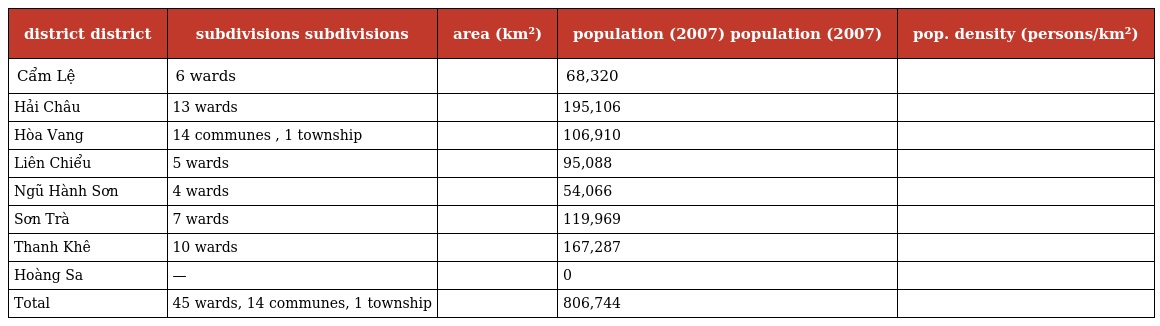
| district district | subdivisions subdivisions | area (km²) | population (2007) population (2007) | pop. density (persons/km²) |
 | --- | --- | --- | --- | --- |
 | Cẩm Lệ | 6 wards |  | 68,320 |  |
 | Hải Châu | 13 wards |  | 195,106 |  |
 | Hòa Vang | 14 communes , 1 township |  | 106,910 |  |
 | Liên Chiểu | 5 wards |  | 95,088 |  |
 | Ngũ Hành Sơn | 4 wards |  | 54,066 |  |
 | Sơn Trà | 7 wards |  | 119,969 |  |
 | Thanh Khê | 10 wards |  | 167,287 |  |
 | Hoàng Sa | — |  | 0 |  |
 | Total | 45 wards, 14 communes, 1 township |  | 806,744 |  |